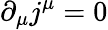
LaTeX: \partial_{\mu}j^{\mu}=0